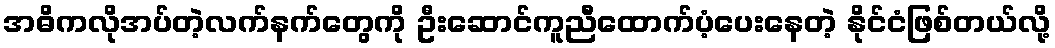
အဓိကလိုအပ်တဲ့လက်နက်တွေကို ဦးဆောင်ကူညီထောက်ပံ့ပေးနေတဲ့ နိုင်ငံဖြစ်တယ်လို့